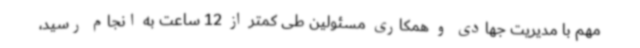
مهم با مدیریت جهادی و همکاری مسئولین طی کمتر از 12 ساعت به انجام رسید،